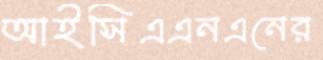
আইসিএএনএনের